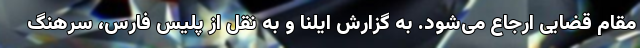
مقام قضایی ارجاع می‌شود. به گزارش ایلنا و به نقل از پلیس فارس، سرهنگ